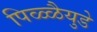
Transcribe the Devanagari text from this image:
पिळ्ळैयुडे